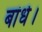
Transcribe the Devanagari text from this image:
बांधे।